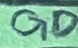
Text: GD